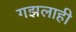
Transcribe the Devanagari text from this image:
गझलाही